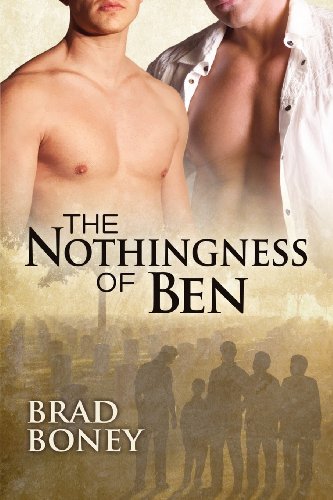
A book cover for The Nothingness of Ben; Brad Boney; Gay & Lesbian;